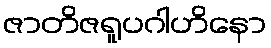
ဇာတိဇရူပဂါဟိနော